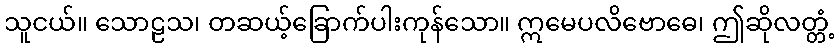
သူငယ်။ သောဠသ၊ တဆယ့်ခြောက်ပါးကုန်သော။ ဣမေပလိဗောဓေ၊ ဤဆိုလတ္တံ့